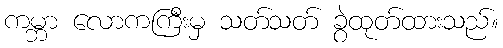
ကမ္ဘာ လောကကြီးမှ သတ်သတ် ခွဲထုတ်ထားသည်။